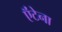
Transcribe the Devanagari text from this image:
ऍंटेना